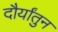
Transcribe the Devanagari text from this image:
दौर्यांतुन